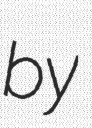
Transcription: by